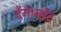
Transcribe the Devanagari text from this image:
देंगे।नरेंद्र